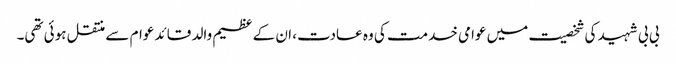
بی بی شہید کی شخصیت میں عوامی خدمت کی وہ عادت، ان کے عظیم والد قائد عوام سے منتقل ہوئی تھی۔